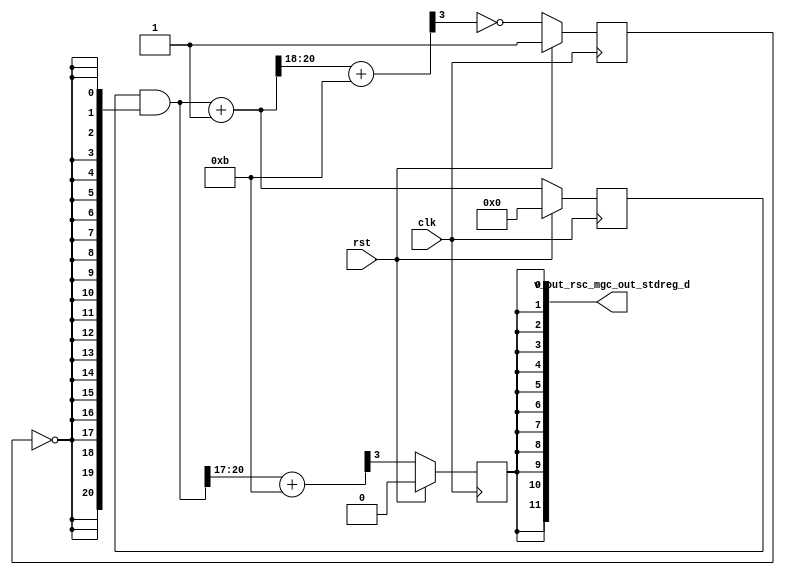
module Render_core (
  clk, rst, v_out_rsc_mgc_out_stdreg_d
);
  input clk;
  input rst;
  output [11:0] v_out_rsc_mgc_out_stdreg_d;


  // Interconnect Declarations
  reg exit_for_lpi;
  reg [20:0] for_i_1_sva_1;
  reg reg_v_out_rsc_mgc_out_stdreg_d_reg;
  wire [20:0] for_i_1_lpi_dfm;
  wire [20:0] for_i_1_sva_2;
  wire [21:0] nl_for_i_1_sva_2;


  // Interconnect Declarations for Component Instantiations 
  assign v_out_rsc_mgc_out_stdreg_d = {{11{reg_v_out_rsc_mgc_out_stdreg_d_reg}},
      reg_v_out_rsc_mgc_out_stdreg_d_reg};
  assign for_i_1_lpi_dfm = for_i_1_sva_1 & (signext_21_1(~ exit_for_lpi));
  assign nl_for_i_1_sva_2 = for_i_1_lpi_dfm + 21'b1;
  assign for_i_1_sva_2 = nl_for_i_1_sva_2[20:0];
  always @(posedge clk) begin
    if ( rst ) begin
      reg_v_out_rsc_mgc_out_stdreg_d_reg <= 1'b0;
      for_i_1_sva_1 <= 21'b0;
      exit_for_lpi <= 1'b1;
    end
    else begin
      reg_v_out_rsc_mgc_out_stdreg_d_reg <= readslicef_4_1_3(((for_i_1_lpi_dfm[20:17])
          + 4'b1011));
      for_i_1_sva_1 <= for_i_1_sva_2;
      exit_for_lpi <= ~ (readslicef_4_1_3((conv_u2s_3_4(for_i_1_sva_2[20:18]) + 4'b1011)));
    end
  end

  function [20:0] signext_21_1;
    input [0:0] vector;
  begin
    signext_21_1= {{20{vector[0]}}, vector};
  end
  endfunction


  function [0:0] readslicef_4_1_3;
    input [3:0] vector;
    reg [3:0] tmp;
  begin
    tmp = vector >> 3;
    readslicef_4_1_3 = tmp[0:0];
  end
  endfunction


  function signed [3:0] conv_u2s_3_4 ;
    input [2:0]  vector ;
  begin
    conv_u2s_3_4 = {1'b0, vector};
  end
  endfunction

endmodule
module Render (
  v_out_rsc_z, clk, rst
);
  output [11:0] v_out_rsc_z;
  input clk;
  input rst;


  // Interconnect Declarations
  wire [11:0] v_out_rsc_mgc_out_stdreg_d;


  // Interconnect Declarations for Component Instantiations 
  mgc_out_stdreg #(.rscid(1),
  .width(12)) v_out_rsc_mgc_out_stdreg (
      .d(v_out_rsc_mgc_out_stdreg_d),
      .z(v_out_rsc_z)
    );
  Render_core Render_core_inst (
      .clk(clk),
      .rst(rst),
      .v_out_rsc_mgc_out_stdreg_d(v_out_rsc_mgc_out_stdreg_d)
    );
endmodule